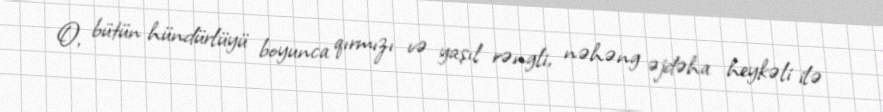
O, bütün hündürlüyü boyunca qırmızı və yaşıl rəngli, nəhəng əjdəha heykəli ilə